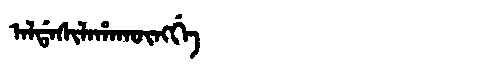
Manchu: ᠠᠯᡩᠠᠰᡳᠯᠠᡥᠠᡴᡡᠩᡤᡝ
Romanization: ALDASILAHAKŪNGGE